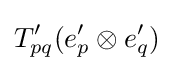
T'_{pq}(e'_{p}\otimes e'_{q})